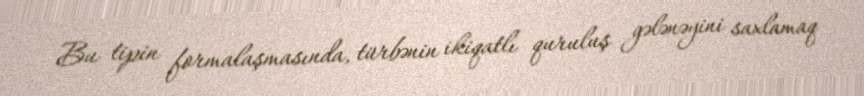
Bu tipin formalaşmasında, türbənin ikiqatlı quruluş gələnəyini saxlamaq